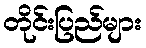
တိုင်းပြည်များ